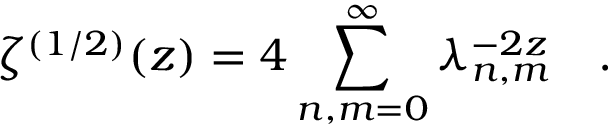
\zeta ^ { ( 1 / 2 ) } ( z ) = 4 \sum _ { n , m = 0 } ^ { \infty } \lambda _ { n , m } ^ { - 2 z } ~ ~ ~ .